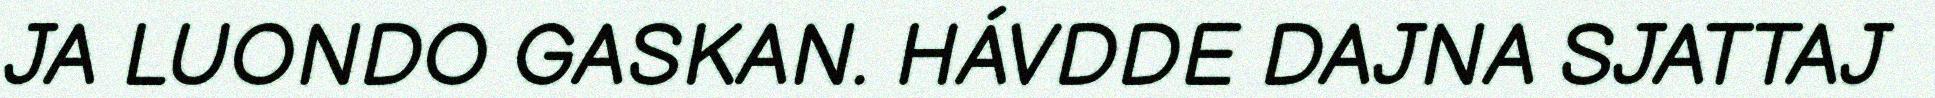
JA LUONDO GASKAN. HÁVDDE DAJNA SJATTAJ